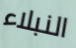
النبلاء